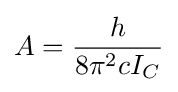
A={h \over {8\pi ^{2}cI_{C}}}